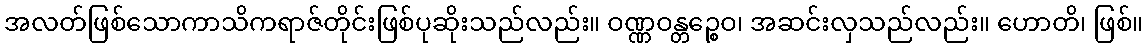
အလတ်ဖြစ်သောကာသိကရာဇ်တိုင်းဖြစ်ပုဆိုးသည်လည်း။ ဝဏ္ဏဝန္တဉ္စေဝ၊ အဆင်းလှသည်လည်း။ ဟောတိ၊ ဖြစ်။